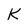
Character: K